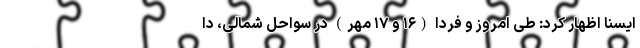
ایسنا اظهار کرد: طی امروز و فردا (۱۶ و ۱۷ مهر) در سواحل شمالی، دا